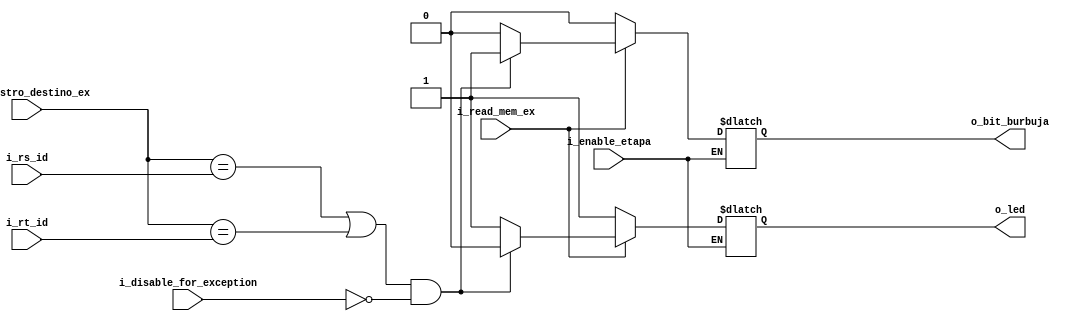
`timescale 1ns / 1ps

//////////////////////////////////////////////////////////////////////////////////////////////////
// Trabajo Practico Nro. 4. MIPS.
// Hazard detection unit.
// Integrantes: Kleiner Matias, Lopez Gaston.
// Materia: Arquitectura de Computadoras.
// FCEFyN. UNC.
// Anio 2019.
//////////////////////////////////////////////////////////////////////////////////////////////////

module hazard_detection_unit
   #(
       
       parameter CANT_BITS_ADDR_REGISTROS = 5
    
    )
   (
       input [CANT_BITS_ADDR_REGISTROS - 1 : 0]  i_rs_id,
       input [CANT_BITS_ADDR_REGISTROS - 1 : 0]  i_rt_id,
       input [CANT_BITS_ADDR_REGISTROS - 1 : 0]  i_registro_destino_ex,
       input i_read_mem_ex,
       input i_disable_for_exception,
       input i_enable_etapa, 

       output reg o_led, 
       output reg o_bit_burbuja    
   );

    
   

    always@(*) begin
        if (i_enable_etapa) begin
            if (i_read_mem_ex) begin // Es load
                if (((i_registro_destino_ex == i_rs_id) || (i_registro_destino_ex == i_rt_id)) && (~i_disable_for_exception)) begin
                    o_bit_burbuja = 1'b1;
                    o_led = 0;
                end
                else begin
                    o_bit_burbuja = 1'b0;
                    o_led = 1;
                end
            end
            else begin
            o_bit_burbuja = 1'b0;
            o_led = 1;
            end
        end
        else begin
            o_bit_burbuja = o_bit_burbuja;
            o_led = o_led;
        end
    end
    
endmodule